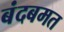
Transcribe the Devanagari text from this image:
बंदबमत